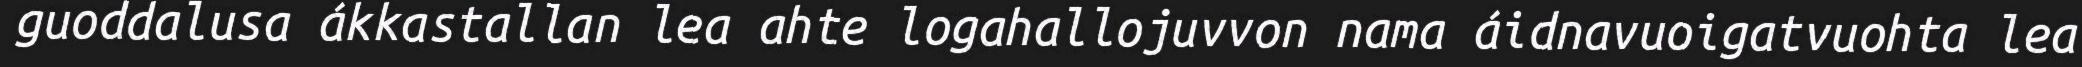
guoddalusa ákkastallan lea ahte logahallojuvvon nama áidnavuoigatvuohta lea